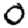
Digit: 0